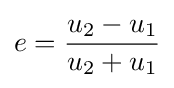
e={\frac {u_{2}-u_{1}}{u_{2}+u_{1}}}